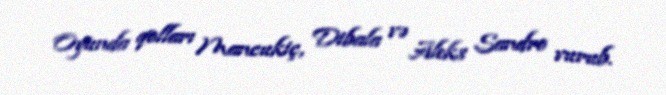
Oyunda qolları Mancukiç, Dibala və Aleks Sandro vurub.